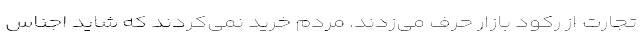
تجارت از رکود بازار حرف می‌زدند. مردم خرید نمی‌کردند که شاید اجناس